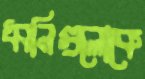
ধ্বনিগুলোকে